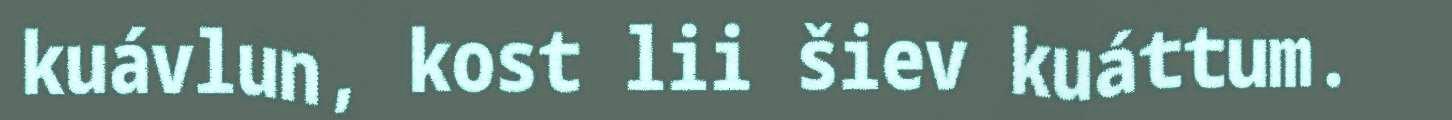
kuávlun, kost lii šiev kuáttum.